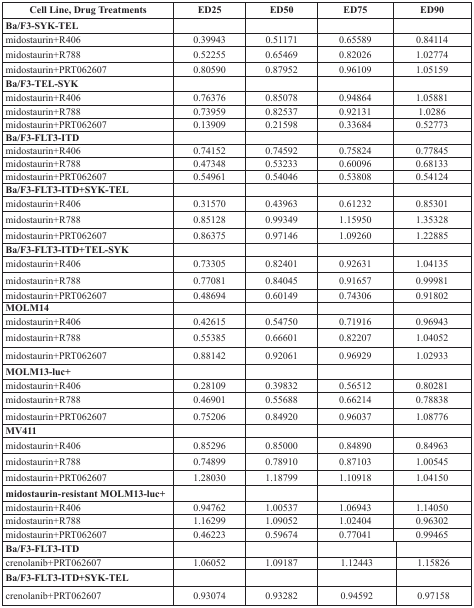
<table><thead><tr><td><b>Cell Line, Drug Treatments</b></td><td><b>ED25</b></td><td><b>ED50</b></td><td><b>ED75</b></td><td colspan="2"><b>ED90</b></td></tr></thead><tbody><tr><td><b>Ba/F3-SYK-TEL</b></td><td></td><td></td><td></td><td colspan="2"></td></tr><tr><td>midostaurin+R406</td><td>0.39943</td><td>0.51171</td><td>0.65589</td><td colspan="2">0.84114</td></tr><tr><td>midostaurin+R788</td><td>0.52255</td><td>0.65469</td><td>0.82026</td><td colspan="2">1.02774</td></tr><tr><td>midostaurin+PRT062607</td><td>0.80590</td><td>0.87952</td><td>0.96109</td><td colspan="2">1.05159</td></tr><tr><td><b>Ba/F3-TEL-SYK</b></td><td></td><td></td><td></td><td colspan="2"></td></tr><tr><td>midostaurin+R406</td><td>0.76376</td><td>0.85078</td><td>0.94864</td><td colspan="2">1.05881</td></tr><tr><td>midostaurin+R788</td><td>0.73959</td><td>0.82537</td><td>0.92131</td><td colspan="2">1.0286</td></tr><tr><td>midostaurin+PRT062607</td><td>0.13909</td><td>0.21598</td><td>0.33684</td><td colspan="2">0.52773</td></tr><tr><td><b>Ba/F3-FLT3-ITD</b></td><td></td><td></td><td></td><td colspan="2"></td></tr><tr><td>midostaurin+R406</td><td>0.74152</td><td>0.74592</td><td>0.75824</td><td colspan="2">0.77845</td></tr><tr><td>midostaurin+R788</td><td>0.47348</td><td>0.53233</td><td>0.60096</td><td colspan="2">0.68133</td></tr><tr><td>midostaurin+PRT062607</td><td>0.54961</td><td>0.54046</td><td>0.53808</td><td colspan="2">0.54124</td></tr><tr><td><b>Ba/F3-FLT3-ITD+SYK-TEL</b></td><td></td><td></td><td></td><td colspan="2"></td></tr><tr><td>midostaurin+R406</td><td>0.31570</td><td>0.43963</td><td>0.61232</td><td colspan="2">0.85301</td></tr><tr><td>midostaurin+R788</td><td>0.85128</td><td>0.99349</td><td>1.15950</td><td colspan="2">1.35328</td></tr><tr><td>midostaurin+PRT062607</td><td>0.86375</td><td>0.97146</td><td>1.09260</td><td colspan="2">1.22885</td></tr><tr><td><b>Ba/F3-FLT3-ITD+TEL-SYK</b></td><td></td><td></td><td></td><td colspan="2"></td></tr><tr><td>midostaurin+R406</td><td>0.73305</td><td>0.82401</td><td>0.92631</td><td colspan="2">1.04135</td></tr><tr><td>midostaurin+R788</td><td>0.77081</td><td>0.84045</td><td>0.91657</td><td colspan="2">0.99981</td></tr><tr><td>midostaurin+PRT062607</td><td>0.48694</td><td>0.60149</td><td>0.74306</td><td colspan="2">0.91802</td></tr><tr><td><b>MOLM14</b></td><td></td><td></td><td></td><td colspan="2"></td></tr><tr><td>midostaurin+R406</td><td>0.42615</td><td>0.54750</td><td>0.71916</td><td colspan="2">0.96943</td></tr><tr><td>midostaurin+R788</td><td>0.55385</td><td>0.66601</td><td>0.82207</td><td colspan="2">1.04052</td></tr><tr><td>midostaurin+PRT062607</td><td>0.88142</td><td>0.92061</td><td>0.96929</td><td colspan="2">1.02933</td></tr><tr><td><b>MOLM13-luc+</b></td><td></td><td></td><td></td><td colspan="2"></td></tr><tr><td>midostaurin+R406</td><td>0.28109</td><td>0.39832</td><td>0.56512</td><td colspan="2">0.80281</td></tr><tr><td>midostaurin+R788</td><td>0.46901</td><td>0.55688</td><td>0.66214</td><td colspan="2">0.78838</td></tr><tr><td>midostaurin+PRT062607</td><td>0.75206</td><td>0.84920</td><td>0.96037</td><td colspan="2">1.08776</td></tr><tr><td><b>MV411</b></td><td></td><td></td><td></td><td colspan="2"></td></tr><tr><td>midostaurin+R406</td><td>0.85296</td><td>0.85000</td><td>0.84890</td><td colspan="2">0.84963</td></tr><tr><td>midostaurin+R788</td><td>0.74899</td><td>0.78910</td><td>0.87103</td><td colspan="2">1.00545</td></tr><tr><td>midostaurin+PRT062607</td><td>1.28030</td><td>1.18799</td><td>1.10918</td><td colspan="2">1.04150</td></tr><tr><td><b>midostaurin-resistant MOLM13-luc+</b></td><td></td><td></td><td></td><td colspan="2"></td></tr><tr><td>midostaurin+R406</td><td>0.94762</td><td>1.00537</td><td>1.06943</td><td colspan="2">1.14050</td></tr><tr><td>midostaurin+R788</td><td>1.16299</td><td>1.09052</td><td>1.02404</td><td colspan="2">0.96302</td></tr><tr><td>midostaurin+PRT062607</td><td>0.46223</td><td>0.59674</td><td>0.77041</td><td colspan="2">0.99465</td></tr><tr><td><b>Ba/F3-FLT3-ITD</b></td><td></td><td></td><td colspan="2"></td><td></td></tr><tr><td>crenolanib+PRT062607</td><td>1.06052</td><td>1.09187</td><td colspan="2">1.12443</td><td>1.15826</td></tr><tr><td><b>Ba/F3-FLT3-ITD+SYK-TEL</b></td><td></td><td></td><td colspan="2"></td><td></td></tr><tr><td>crenolanib+PRT062607</td><td>0.93074</td><td>0.93282</td><td colspan="2">0.94592</td><td>0.97158</td></tr></tbody></table>